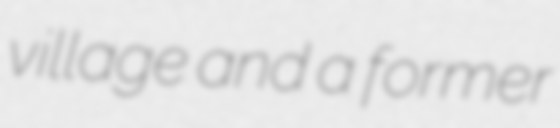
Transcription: village and a former